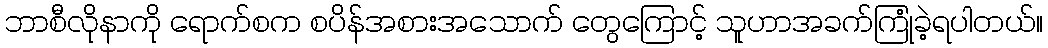
ဘာစီလိုနာကို ရောက်စက စပိန်အစားအသောက် တွေကြောင့် သူဟာအခက်ကြုံခဲ့ရပါတယ်။